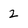
Character: 2